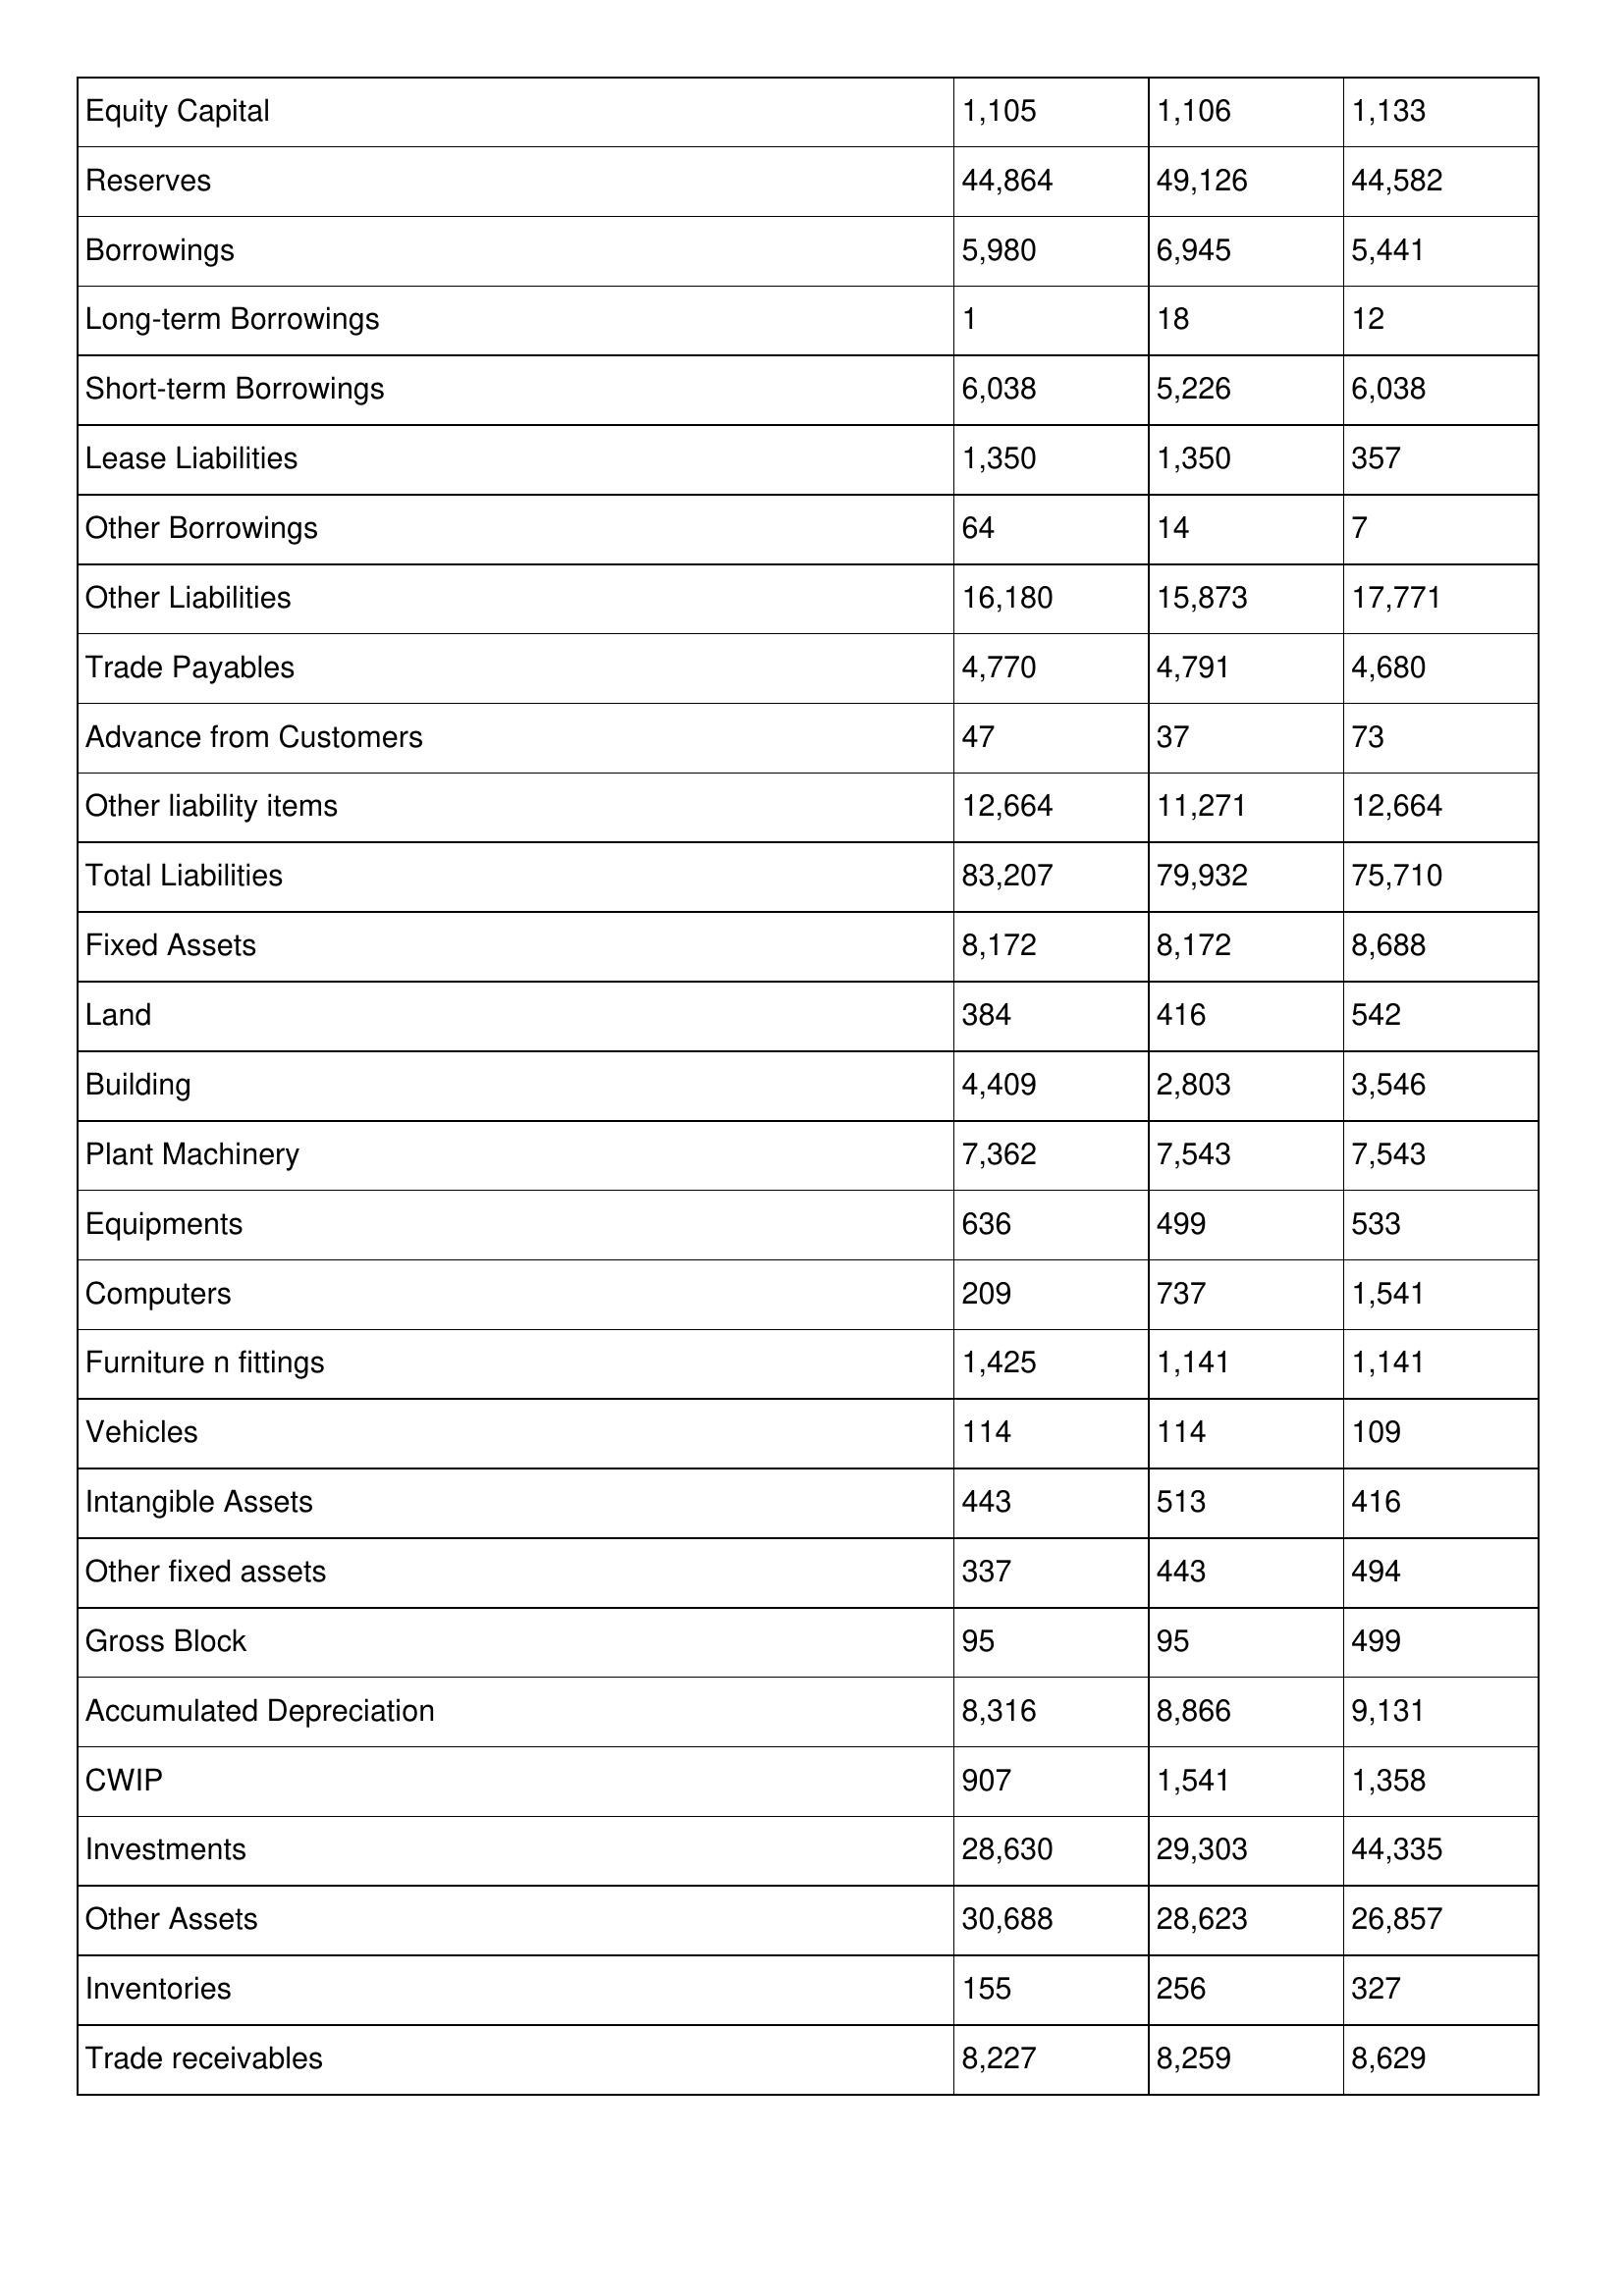
gt_parse: 1998: Balance Sheet: Equity Capital: 1,105
Reserves: 44,864
Borrowings: 5,980
Long-term Borrowings: 1
Short-term Borrowings: 6,038
Lease Liabilities: 1,350
Other Borrowings: 64
Other Liabilities: 16,180
Trade Payables: 4,770
Advance from Customers: 47
Other liability items: 12,664
Total Liabilities: 83,207
Fixed Assets: 8,172
Land: 384
Building: 4,409
Plant Machinery: 7,362
Equipments: 636
Computers: 209
Furniture n fittings: 1,425
Vehicles: 114
Intangible Assets: 443
Other fixed assets: 337
Gross Block: 95
Accumulated Depreciation: 8,316
CWIP: 907
Investments: 28,630
Other Assets: 30,688
Inventories: 155
Trade receivables: 8,227
1997: Balance Sheet: Equity Capital: 1,106
Reserves: 49,126
Borrowings: 6,945
Long-term Borrowings: 18
Short-term Borrowings: 5,226
Lease Liabilities: 1,350
Other Borrowings: 14
Other Liabilities: 15,873
Trade Payables: 4,791
Advance from Customers: 37
Other liability items: 11,271
Total Liabilities: 79,932
Fixed Assets: 8,172
Land: 416
Building: 2,803
Plant Machinery: 7,543
Equipments: 499
Computers: 737
Furniture n fittings: 1,141
Vehicles: 114
Intangible Assets: 513
Other fixed assets: 443
Gross Block: 95
Accumulated Depreciation: 8,866
CWIP: 1,541
Investments: 29,303
Other Assets: 28,623
Inventories: 256
Trade receivables: 8,259
1996: Balance Sheet: Equity Capital: 1,133
Reserves: 44,582
Borrowings: 5,441
Long-term Borrowings: 12
Short-term Borrowings: 6,038
Lease Liabilities: 357
Other Borrowings: 7
Other Liabilities: 17,771
Trade Payables: 4,680
Advance from Customers: 73
Other liability items: 12,664
Total Liabilities: 75,710
Fixed Assets: 8,688
Land: 542
Building: 3,546
Plant Machinery: 7,543
Equipments: 533
Computers: 1,541
Furniture n fittings: 1,141
Vehicles: 109
Intangible Assets: 416
Other fixed assets: 494
Gross Block: 499
Accumulated Depreciation: 9,131
CWIP: 1,358
Investments: 44,335
Other Assets: 26,857
Inventories: 327
Trade receivables: 8,629